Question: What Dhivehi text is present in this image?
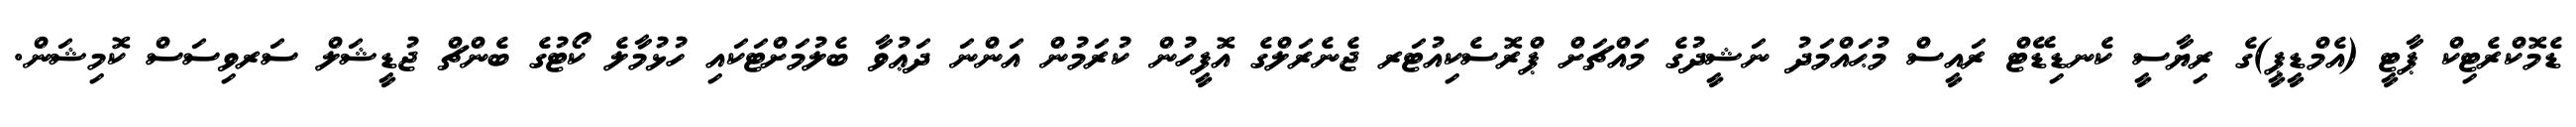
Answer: ޑެމޮކްރެޓިކް ޕާޓީ (އެމްޑީޕީ)ގެ ރިޔާސީ ކެނޑިޑޭޓް ރައީސް މުޙައްމަދު ނަޝީދުގެ މައްޗަށް ޕްރޮސެކިއުޓަރ ޖެނެރަލްގެ އޮފީހުން ކުރަމުން އަންނަ ދަޢުވާ ބެލުމަށްޓަކައި ހުޅުމާލެ ކޯޓުގެ ބެންޗް ޖުޑީޝަލް ސަރވިސަސް ކޮމިޝަން.